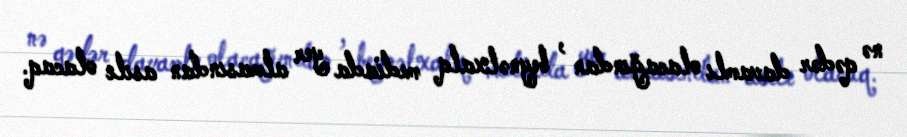
nə qədər davamlı olacağından , beynəlxalq mediada yer almasından asılı olacaq.